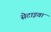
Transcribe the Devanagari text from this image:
सेटाइवा